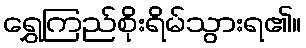
ရွှေကြည်စိုးရိမ်သွားရ၏။